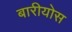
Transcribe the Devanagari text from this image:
बारीयोस